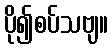
ပို၍စပ်သဗျ။